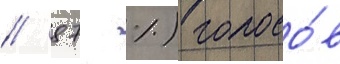
/ 87 %) голосо́в